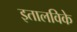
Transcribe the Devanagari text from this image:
इतालविके